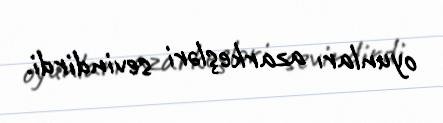
oyunları azarkeşləri sevindirdi.